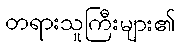
တရားသူကြီးများ၏